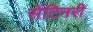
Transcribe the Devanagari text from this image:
सेंटिनरी